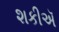
શકીઍ